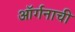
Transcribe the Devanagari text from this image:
ऑर्गनाची